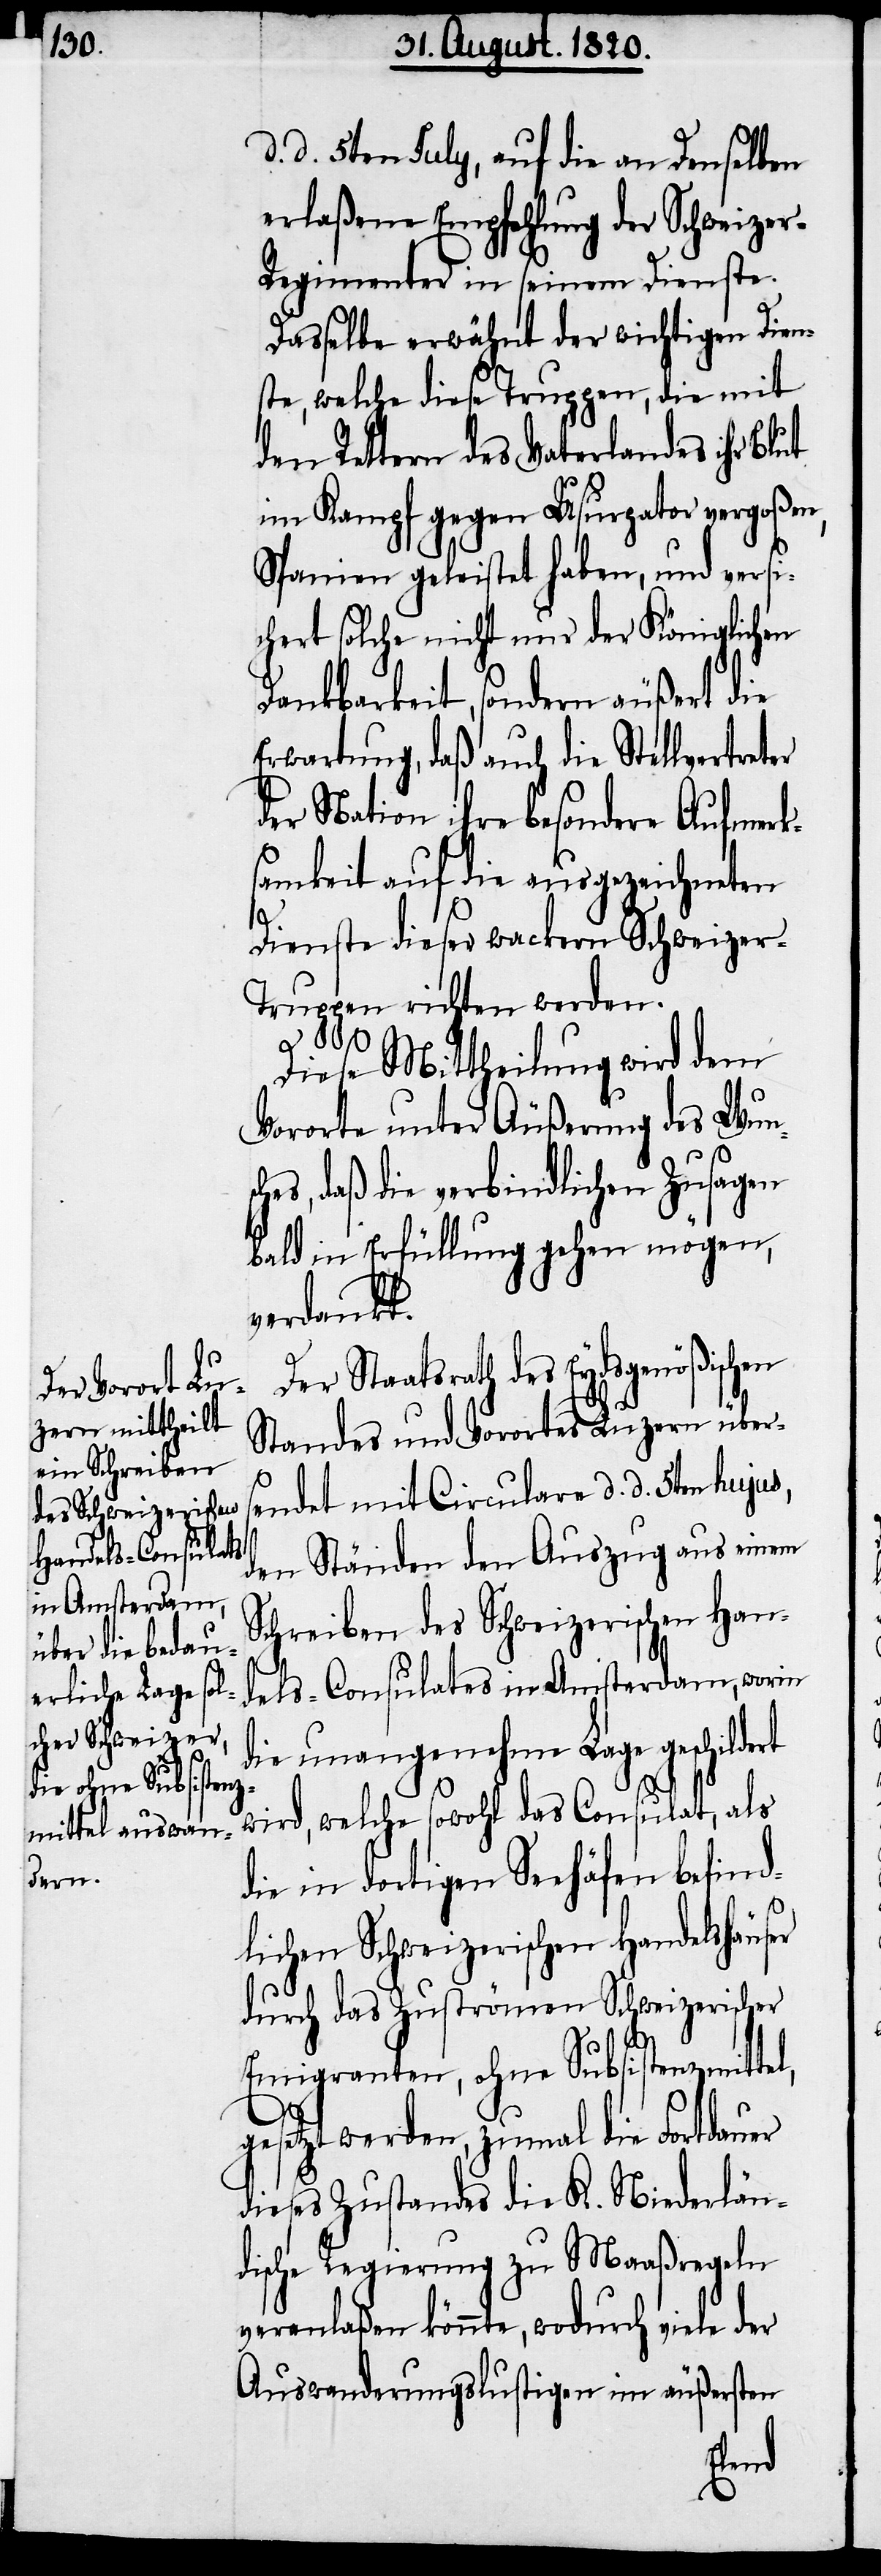
d. d. 5ten July, auf die an Denselben
erlaßene Empfehlung der Schweize¬
r-Regimenter in seinem Dienste.
Dasselbe erwähnt der wichtigen Dien¬
ste, welche diese Truppen, die mit
den Rettern des Vaterlandes ihr Blut
im Kampf gegen Usurpator vergoßen,
Spanien geleistet haben, und versi¬
chert solche nicht nur der Königlichen
Dankbarkeit, sondern äußert die
Erwartung, daß auch die Stellvertreter
der Nation ihre besondere Aufmerk¬
samkeit auf die ausgezeichneten
Dienste dieser wackern Schweizer-T¬
ruppen richten werden.
Diese Mittheilung wird dem
Vororte unter Äußerung des Wunsc¬
hes, daß die verbindlichen Zusagen
bald in Erfüllung gehen mögen,
verdankt.
Der Staatsrath des Eydsgenößischen
Standes und Vorortes Luzern übers¬
endet mit Circulare d. d. 5ten hujus,
den Ständen den Auszug aus einem
Schreiben des Schweizerischen Han¬
dels-Consulates in Amsterdam, worin
die unangenehme Lage geschildert
ser
wird, welche sowohl das Consulat, als
die in dortigen Seehäfen befind¬
lichen Schweizerischen Handelshäu¬
durch das Zuströmen Schweizerischer
Emigranten, ohne Subsistenzmittel,
gesetzt werden, zumal die Fortdauer
dieses Zustandes die K. Niederlän¬
dische Regierung zu Maaßregeln
veranlaßen könnte, wodurch viele
Auswanderungslustigen im äußersten